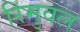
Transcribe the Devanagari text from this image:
रिमुवल